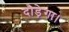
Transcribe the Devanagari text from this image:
दौड़ेगा।